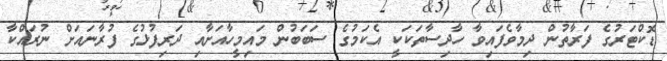
ޑޮކްޓަރުގެ ފަރާތުން ދިމާވެފައިވާ ހާދިސާތަކަކީ އެކަމުގެ ސަބަބުން މައިމީހާއަށާއި ދަރިފުޅުގެ ފުރާނައަށް ނުރައްކާ